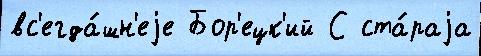
вс'егда́шн'еjе Бор'ецк'ий С ста́раjа